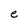
Character: e